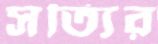
সত্যির